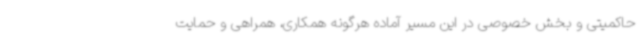
حاکمیتی و بخش خصوصی در این مسیر آماده هرگونه‌ همکاری، همراهی و حمایت